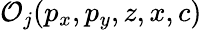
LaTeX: \mathcal{O}_{j}(p_{x},p_{y},z,x,c)